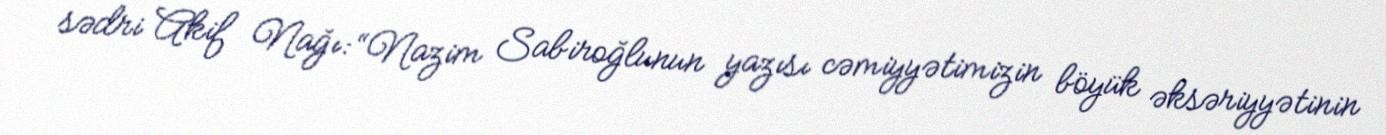
sədri Akif Nağı: “Nazim Sabiroğlunun yazısı cəmiyyətimizin böyük əksəriyyətinin